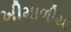
ખીમાળીયા